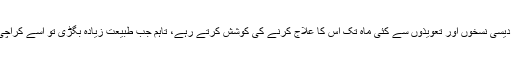
ٹھٹہ میں ویکسین نہ ہونے کی وجہ سے کاشف کے گھر والے دیسی نسخوں اور تعویذوں سے کئی ماہ تک اس کا علاج کرنے کی کوشش کرتے رہے، تاہم جب طبیعت زیادہ بگڑی تو اسے کراچی کے جناح ہسپتال لایا گیا مگر تب تک بہت دیر ہو چکی تھی۔